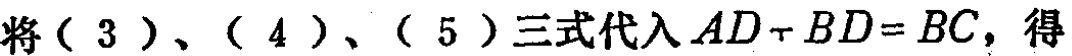
将（3）、（4）、（5）三式代入\(AD + BD = BC\)，得